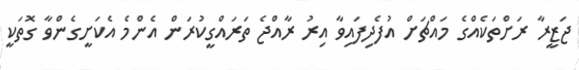
ޖަޒީރާ ރަށްތަކެއްގެ މައްޗަށް އުފެދިފައިވާ އިރު ރާއްޖެ ތަރައްގީކުރަން އެންމެ އެކަށީގެންވާ ގޮތަކީ